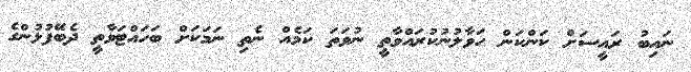
ނައިބު ރައީސަށް ކަންކަން ހަވާލުނުކުރައްވާތީ ނުވަތަ ކަމެއް ނެތި ނަމަކަށް ބަހައްޓަވާތީ ދެބޭފުޅުންގެ